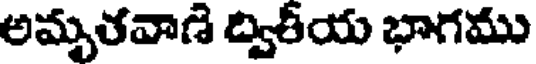
అమృతవాణి ద్వితీయ భాగము